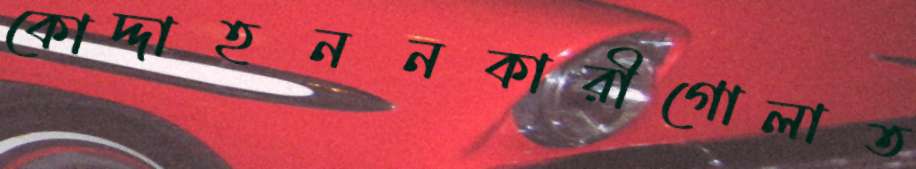
কোদ্দাহননকারীগোলাত